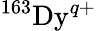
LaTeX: ^{163}\mathrm{Dy}^{q+}